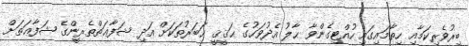
ބިރުވެރިކަމާއި ހިތާމައިގައި ހުއްޓިގެންވާ ޙާލު އެދުވަހުގެ ޙަޤީޤީ ޚަބަރުތަކަށް އަދި ޝަފާޢަތްތެރީންގެ ޝަފާޢަތަށް